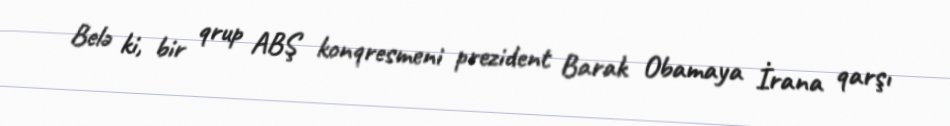
Belə ki, bir qrup ABŞ konqresmeni prezident Barak Obamaya İrana qarşı